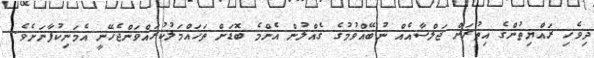
ދިވެހި ރައްޔިތުންގެ އިތުރަށް ޖަލްސާއެއް ނުބޭއްވުމުގެ ގެއްލުން އެންމެ ބޮޑަށް ތަހައްމަލުކުރައްްވަންޖެހޭނީ އެމަނިކުފާނަށެވެ.